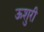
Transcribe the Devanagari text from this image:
ऊशुरी